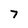
Character: 7